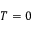
T = 0